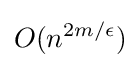
O(n^{2m/\epsilon })